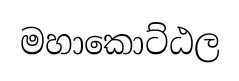
මහාකොට්ඨල